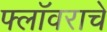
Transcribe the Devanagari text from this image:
फ्लॉवराचे